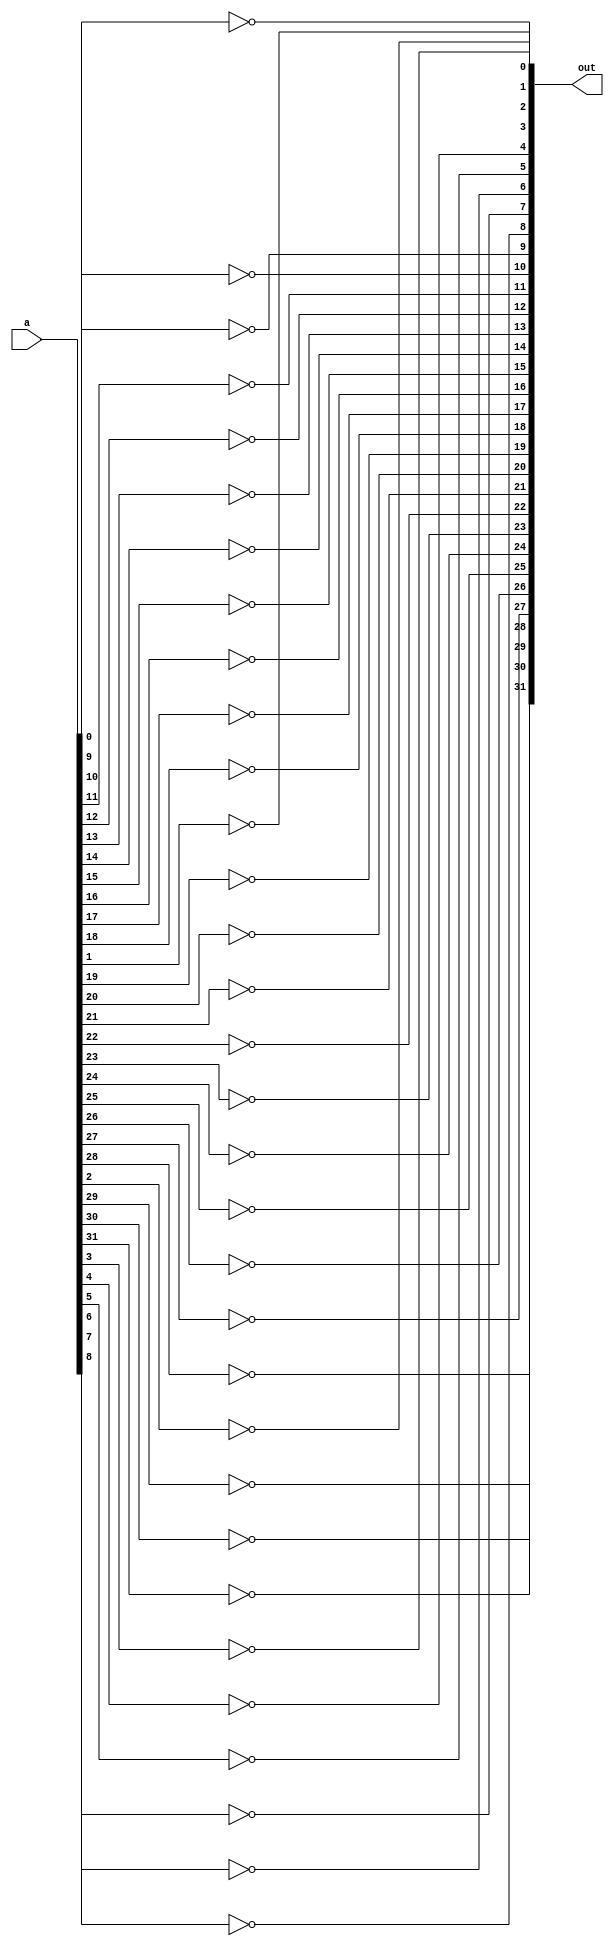
module not32(out, a);

input [31:0] a;
output [31:0] out;

   // 32 bit not operation
	not(out[0], a[0]);
	not(out[1], a[1]);
	not(out[2], a[2]);
	not(out[3], a[3]);
	not(out[4], a[4]);
	not(out[5], a[5]);
	not(out[6], a[6]);
	not(out[7], a[7]);
	not(out[8], a[8]);
	not(out[9], a[9]);
	not(out[10], a[10]);
	not(out[11], a[11]);
	not(out[12], a[12]);
	not(out[13], a[13]);
	not(out[14], a[14]);
	not(out[15], a[15]);
	not(out[16], a[16]);
	not(out[17], a[17]);
	not(out[18], a[18]);
	not(out[19], a[19]);
	not(out[20], a[20]);
	not(out[21], a[21]);
	not(out[22], a[22]);
	not(out[23], a[23]);
	not(out[24], a[24]);
	not(out[25], a[25]);
	not(out[26], a[26]);
	not(out[27], a[27]);
	not(out[28], a[28]);
	not(out[29], a[29]);
	not(out[30], a[30]);
	not(out[31], a[31]);

endmodule